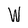
Character: W